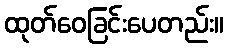
ထုတ်ဝေခြင်းပေတည်း။